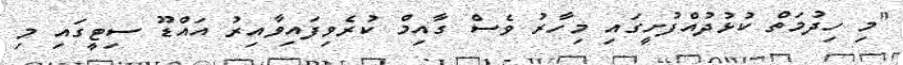
"މި ހިދުމަތް ކުޅުދުއްފުށީގައި މިހާރު ވެސް ގާއިމް ކުރެވިފައިވާއިރު އައްޑޫ ސިޓީގައި މި